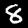
Label: 8